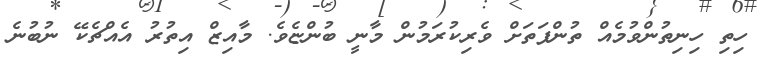
ހިތި ހިނިތުންވުމެއް ތުންފަތަށް ވެރިކުރަމުން މާނީ ބުންޏެވެ. މާއިޒް އިތުރު އެއްޗެކޭ ނުބުނެ